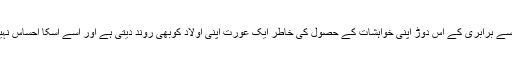
مردوں سے برابری کے اس دوڑ اپنی خواہشات کے حصول کی خاطر ایک عورت اپنی اولاد کوبھی روند دیتی ہے اور اسے اسکا احساس نہیں رہتا ۔